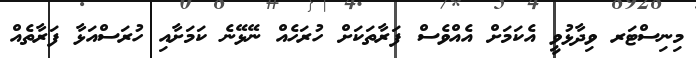
މިނިސްޓަރ ވިދާޅުވީ އެކަމަށް އެއްވެސް ފަރާތަކަށް ހުރަހެއް ނޭޅޭނެ ކަމަށާއި ހުރަސްއަޅާ ފަރާތެއް